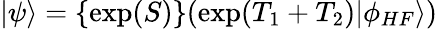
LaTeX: |\psi\rangle=\{ \exp(S)\} (\exp(T_{1}+T_{2})|\phi_{HF}\rangle)